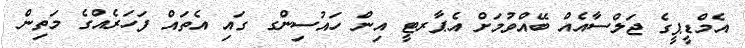
އެމްޑީޕީގެ ޖަލްސާއެއް ބޭއްވުމަށް އެޕާރޓީ އިން ހައުސިންގ ގައި އެތައް ފަހަރެއްގެ މަތިން